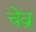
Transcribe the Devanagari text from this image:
चेव्र